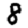
Digit: 8